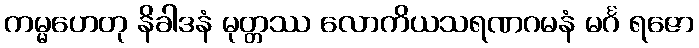
ကမ္မဟေတု နိခါဒနံ မုတ္တဿ လောကိယသရဏဂမနံ မင်္ဂ ရဇော